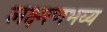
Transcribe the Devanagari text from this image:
लक्ष्मणभव्य